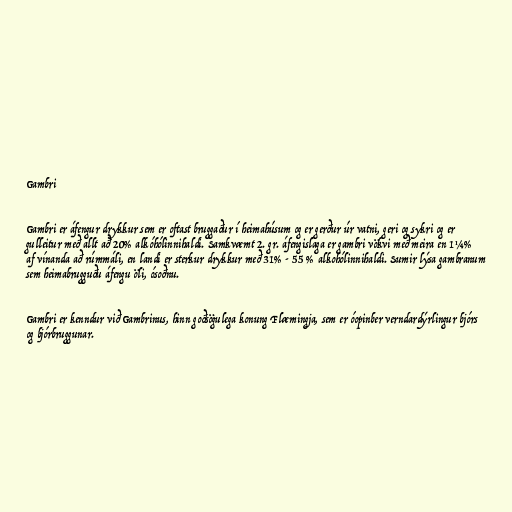
Gambri

Gambri er áfengur drykkur sem er oftast bruggaður í heimahúsum og er gerður úr vatni, geri og sykri og er
gul­leitur með allt að 20% alkóhólinnihaldi. Samkvæmt 2. gr. áfengislaga er gambri vökvi með meira en 1¼%
af vínanda að rúmmáli, en landi er sterkur drykkur með 31% - 55 % alkohólinnihaldi. Sumir lýsa gambranum
sem heimabrugguðu áfengu öli, ósoðnu.

Gambri er kenndur við Gambrinus, hinn goðsögulega konung Flæmingja, sem er óopinber verndardýrlingur bjórs
og bjórbruggunar.